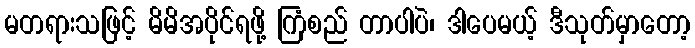
မတရားသဖြင့် မိမိအပိုင်ရဖို့ ကြံစည် တာပါပဲ၊ ဒါပေမယ့် ဒီသုတ်မှာတော့